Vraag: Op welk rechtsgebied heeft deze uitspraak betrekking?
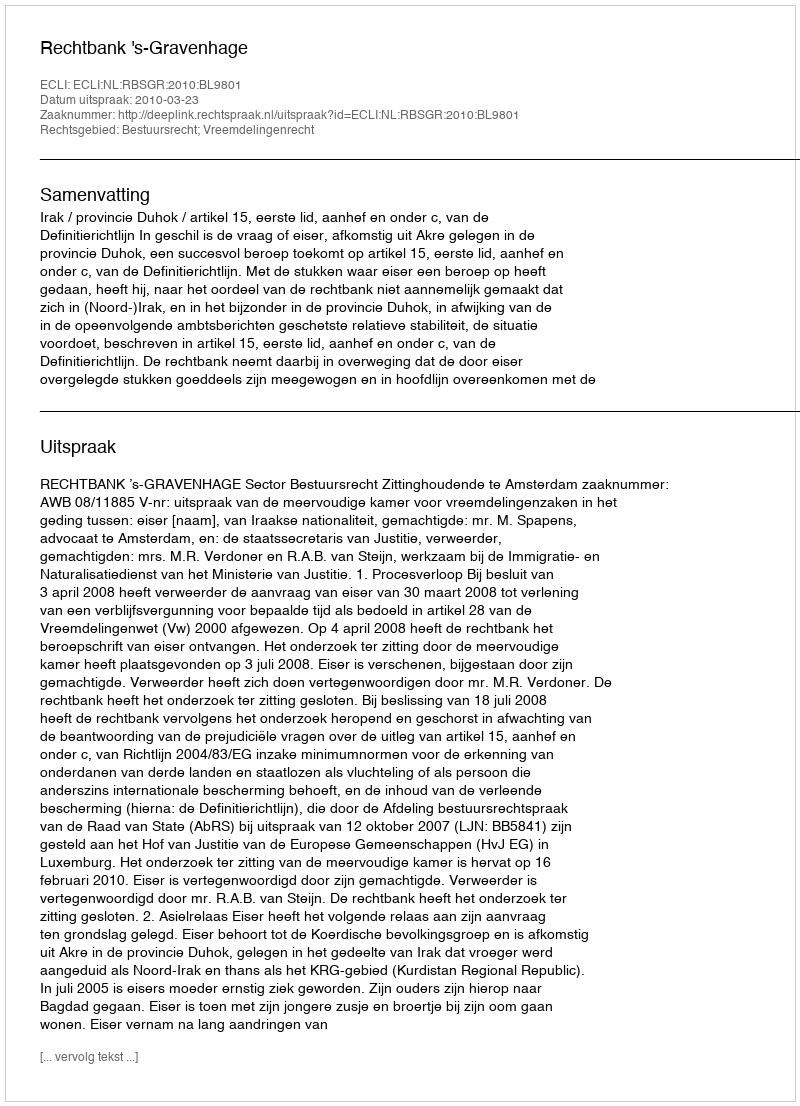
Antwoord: Bestuursrecht; Vreemdelingenrecht